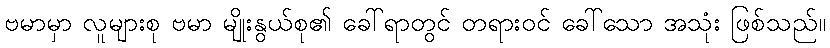
ဗမာမှာ လူများစု ဗမာ မျိုးနွယ်စု၏ ခေါ်ရာတွင် တရားဝင် ခေါ်သော အသုံး ဖြစ်သည်။